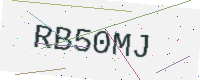
Text: RB50MJ